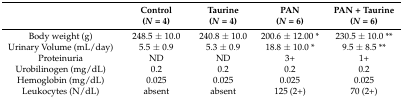
|  | Control (N = 4) | Taurine (N = 4) | PAN (N = 6) | PAN + Taurine (N = 6) |
 | --- | --- | --- | --- | --- |
 | Body weight (g) | 248.5 ± 10.0 | 240.8 ± 10.0 | 200.6 ± 12.00 * | 230.5 ± 10.0 ** |
 | Urinary Volume (mL/day) | 5.5 ± 0.9 | 5.3 ± 0.9 | 18.8 ± 10.0 * | 9.5 ± 8.5 ** |
 | Proteinuria | ND | ND | 3+ | 1+ |
 | Urobilinogen (mg/dL) | 0.2 | 0.2 | 0.2 | 0.2 |
 | Hemoglobin (mg/dL) | 0.025 | 0.025 | 0.025 | 0.025 |
 | Leukocytes (N/dL) | absent | absent | 125 (2+) | 70 (2+) |